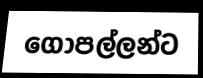
ගොපල්ලන්ට